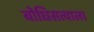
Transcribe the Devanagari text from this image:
बोधिसत्वाला